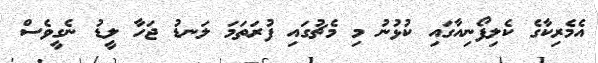
އެމެރިކާގެ ކެލިފޯނިއާގައި ކުޅުނު މި މެޗުގައި ފުރަތަމަ ލަނޑު ޖަހާ ލީޑު ނެގީވެސް